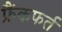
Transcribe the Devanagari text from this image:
फ्रैंकफर्त